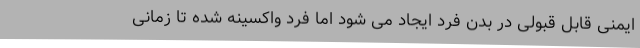
ایمنی قابل قبولی در بدن فرد ایجاد می شود اما فرد واکسینه شده تا زمانی